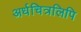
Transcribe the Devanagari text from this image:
अर्धचित्रलिपि